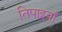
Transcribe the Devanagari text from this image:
तिपाइयाँ